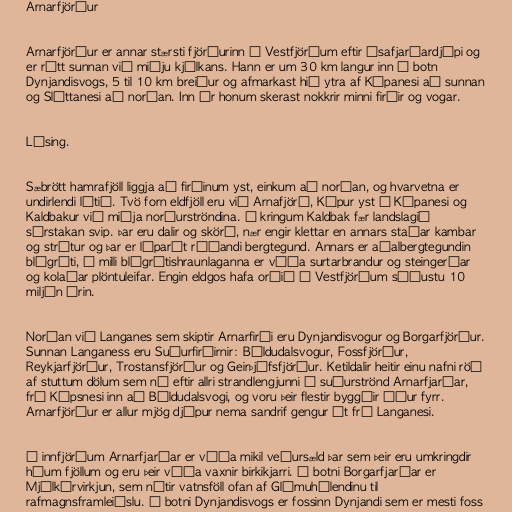
Arnarfjörður

Arnarfjörður er annar stærsti fjörðurinn á Vestfjörðum eftir Ísafjarðardjúpi og
er rétt sunnan við miðju kjálkans. Hann er um 30 km langur inn í botn
Dynjandisvogs, 5 til 10 km breiður og afmarkast hið ytra af Kópanesi að sunnan
og Sléttanesi að norðan. Inn úr honum skerast nokkrir minni firðir og vogar.

Lýsing.

Sæbrött hamrafjöll liggja að firðinum yst, einkum að norðan, og hvarvetna er
undirlendi lítið. Tvö forn eldfjöll eru við Arnafjörð, Kópur yst á Kópanesi og
Kaldbakur við miðja norðurströndina. Í kringum Kaldbak fær landslagið
sérstakan svip. Þar eru dalir og skörð, nær engir klettar en annars staðar kambar
og strýtur og þar er líparít ráðandi bergtegund. Annars er aðalbergtegundin
blágrýti, á milli blágrýtishraunlaganna er víða surtarbrandur og steingerðar
og kolaðar plöntuleifar. Engin eldgos hafa orðið á Vestfjörðum síðustu 10
miljón árin.

Norðan við Langanes sem skiptir Arnarfirði eru Dynjandisvogur og Borgarfjörður.
Sunnan Langaness eru Suðurfirðirnir: Bíldudalsvogur, Fossfjörður,
Reykjarfjörður, Trostansfjörður og Geirþjófsfjörður. Ketildalir heitir einu nafni röð
af stuttum dölum sem ná eftir allri strandlengjunni á suðurströnd Arnarfjarðar,
frá Kópsnesi inn að Bíldudalsvogi, og voru þeir flestir byggðir áður fyrr.
Arnarfjörður er allur mjög djúpur nema sandrif gengur út frá Langanesi.

Í innfjörðum Arnarfjarðar er víða mikil veðursæld þar sem þeir eru umkringdir
háum fjöllum og eru þeir víða vaxnir birkikjarri. Í botni Borgarfjarðar er
Mjólkárvirkjun, sem nýtir vatnsföll ofan af Glámuhálendinu til
rafmagnsframleiðslu. Í botni Dynjandisvogs er fossinn Dynjandi sem er mesti foss